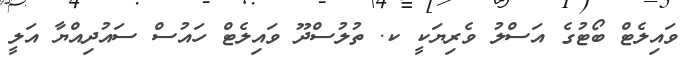
ވައިލެޓް ބޯޓުގެ އަސްލު ވެރިޔަކީ ކ. ތުލުސްދޫ ވައިލެޓް ހައުސް ސައުދިއްޔާ އަލީ